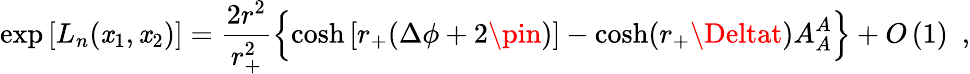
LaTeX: \exp\left[L_{n}(\mathit{x}_{1},\mathit{x}_{2})\right]=\frac{{2r^{2}}}{{r_{+}^{2}}}\left\{ \cosh\left[r_{+}(\Delta\phi+2\pin)\right]-\cosh(r_{+}\Deltat)\vphantom{}{{A_{A}^{A}}}\right\} +O\left(1\right)\ \ ,